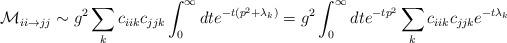
LaTeX: \begin{align*}{\cal M}_{ii \rightarrow jj} \sim g^2 \sum_{k} c_{iik} c_{jjk} \int_0^{\infty} dt e^{-t (p^2 + \lambda_k)} = g^2 \int_0^{\infty} dt e^{-t p^2} \sum_{k} c_{iik} c_{jjk} e^{-t \lambda_k}\end{align*}